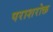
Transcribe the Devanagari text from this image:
पराशरोक्त